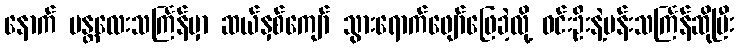
နောက် မန္တလေးသင်္ကြန်မှာ ဆယ်နှစ်ကျော် သွားရောက်ဖျော်ဖြေခဲ့လို့ ဝင်းဦးနဲ့မန်းသင်္ကြန်ဆိုပြီး